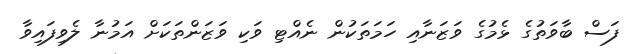
ފަސް ބާވަތުގެ ޅެމުގެ ވަޒަނާއި ހަމަތަކުން ނެއްޓި ވަކި ވަޒަންތަކަށް އަމުނާ ލެވިފައިވާ